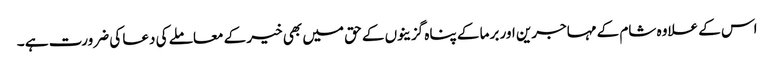
اس کے علاوہ شام کے مہاجرین اور برما کے پناہ گزینوں کے حق میں بھی خیر کے معاملے کی دعا کی ضرورت ہے ۔